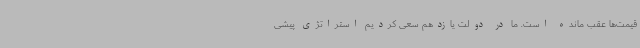
قیمت‌ها عقب‌ مانده است. ما در دولت یازدهم سعی کردیم استراتژی پیشی